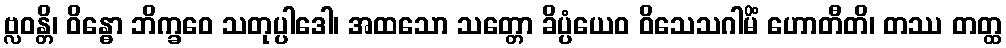
ဗ္လဝန္တိ၊ ဝိန္ဓော ဘိက္ခဝေ သတုပ္ပါဒေါ၊ အထသော သတ္တော ခိပ္ပံယေဝ ဝိသေသဂါမိံ ဟောတီတိ၊ တဿ တတ္ထ